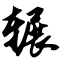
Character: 辗